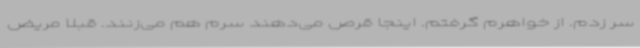
سر زدم. از خواهرم گرفتم. اینجا قرص می‌دهند سرم هم می‌زنند. قبلاً مریض